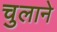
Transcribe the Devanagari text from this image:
चुलाने